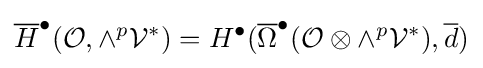
{\overline {H}}^{\bullet }({\mathcal {O}},\wedge ^{p}{\mathcal {V}}^{*})=H^{\bullet }({\overline {\Omega }}^{\bullet }({\mathcal {O}}\otimes \wedge ^{p}{\mathcal {V}}^{*}),{\overline {d}})